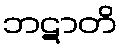
ဘဋာတိ